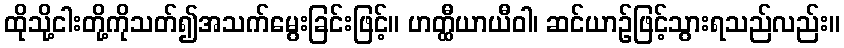
ထိုသို့ငါးတို့ကိုသတ်၍အသက်မွေးခြင်းဖြင့်။ ဟတ္ထီယာယီဝါ၊ ဆင်ယာဉ်ဖြင့်သွားရသည်လည်း။